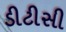
ડીટીસી